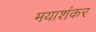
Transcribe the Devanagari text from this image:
मयाशंकर